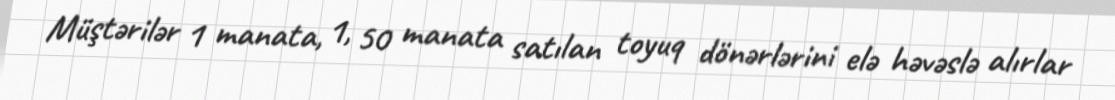
Müştərilər 1 manata, 1, 50 manata satılan toyuq dönərlərini elə həvəslə alırlar